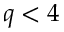
q < 4